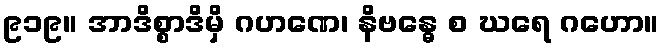
၉၁၉။ အာဒိစ္စာဒိမှိ ဂဟဏေ၊ နိဗန္ဓေ စ ဃရေ ဂဟော။